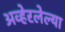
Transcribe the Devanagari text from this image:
अव्हेरलेल्या